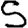
Digit: 5